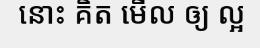
នោះ គិត មើល ឲ្យ ល្អ